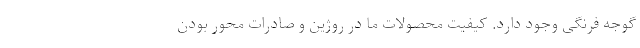
گوجه فرنگی وجود دارد. کیفیت محصولات ما در روژین و صادرات محور بودن